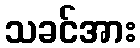
သခင်အား